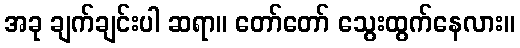
အခု ချက်ချင်းပါ ဆရာ။ တော်တော် သွေးထွက်နေလား။